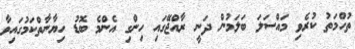
ތުހްމަތު ކުރެވި މައްސަލަ ބަލަމުން ދަނީ ރާއްޖޭގައި ހިންގި އެންމެ ބޮޑު ހިޔާނާތްކަމުގައިވާ